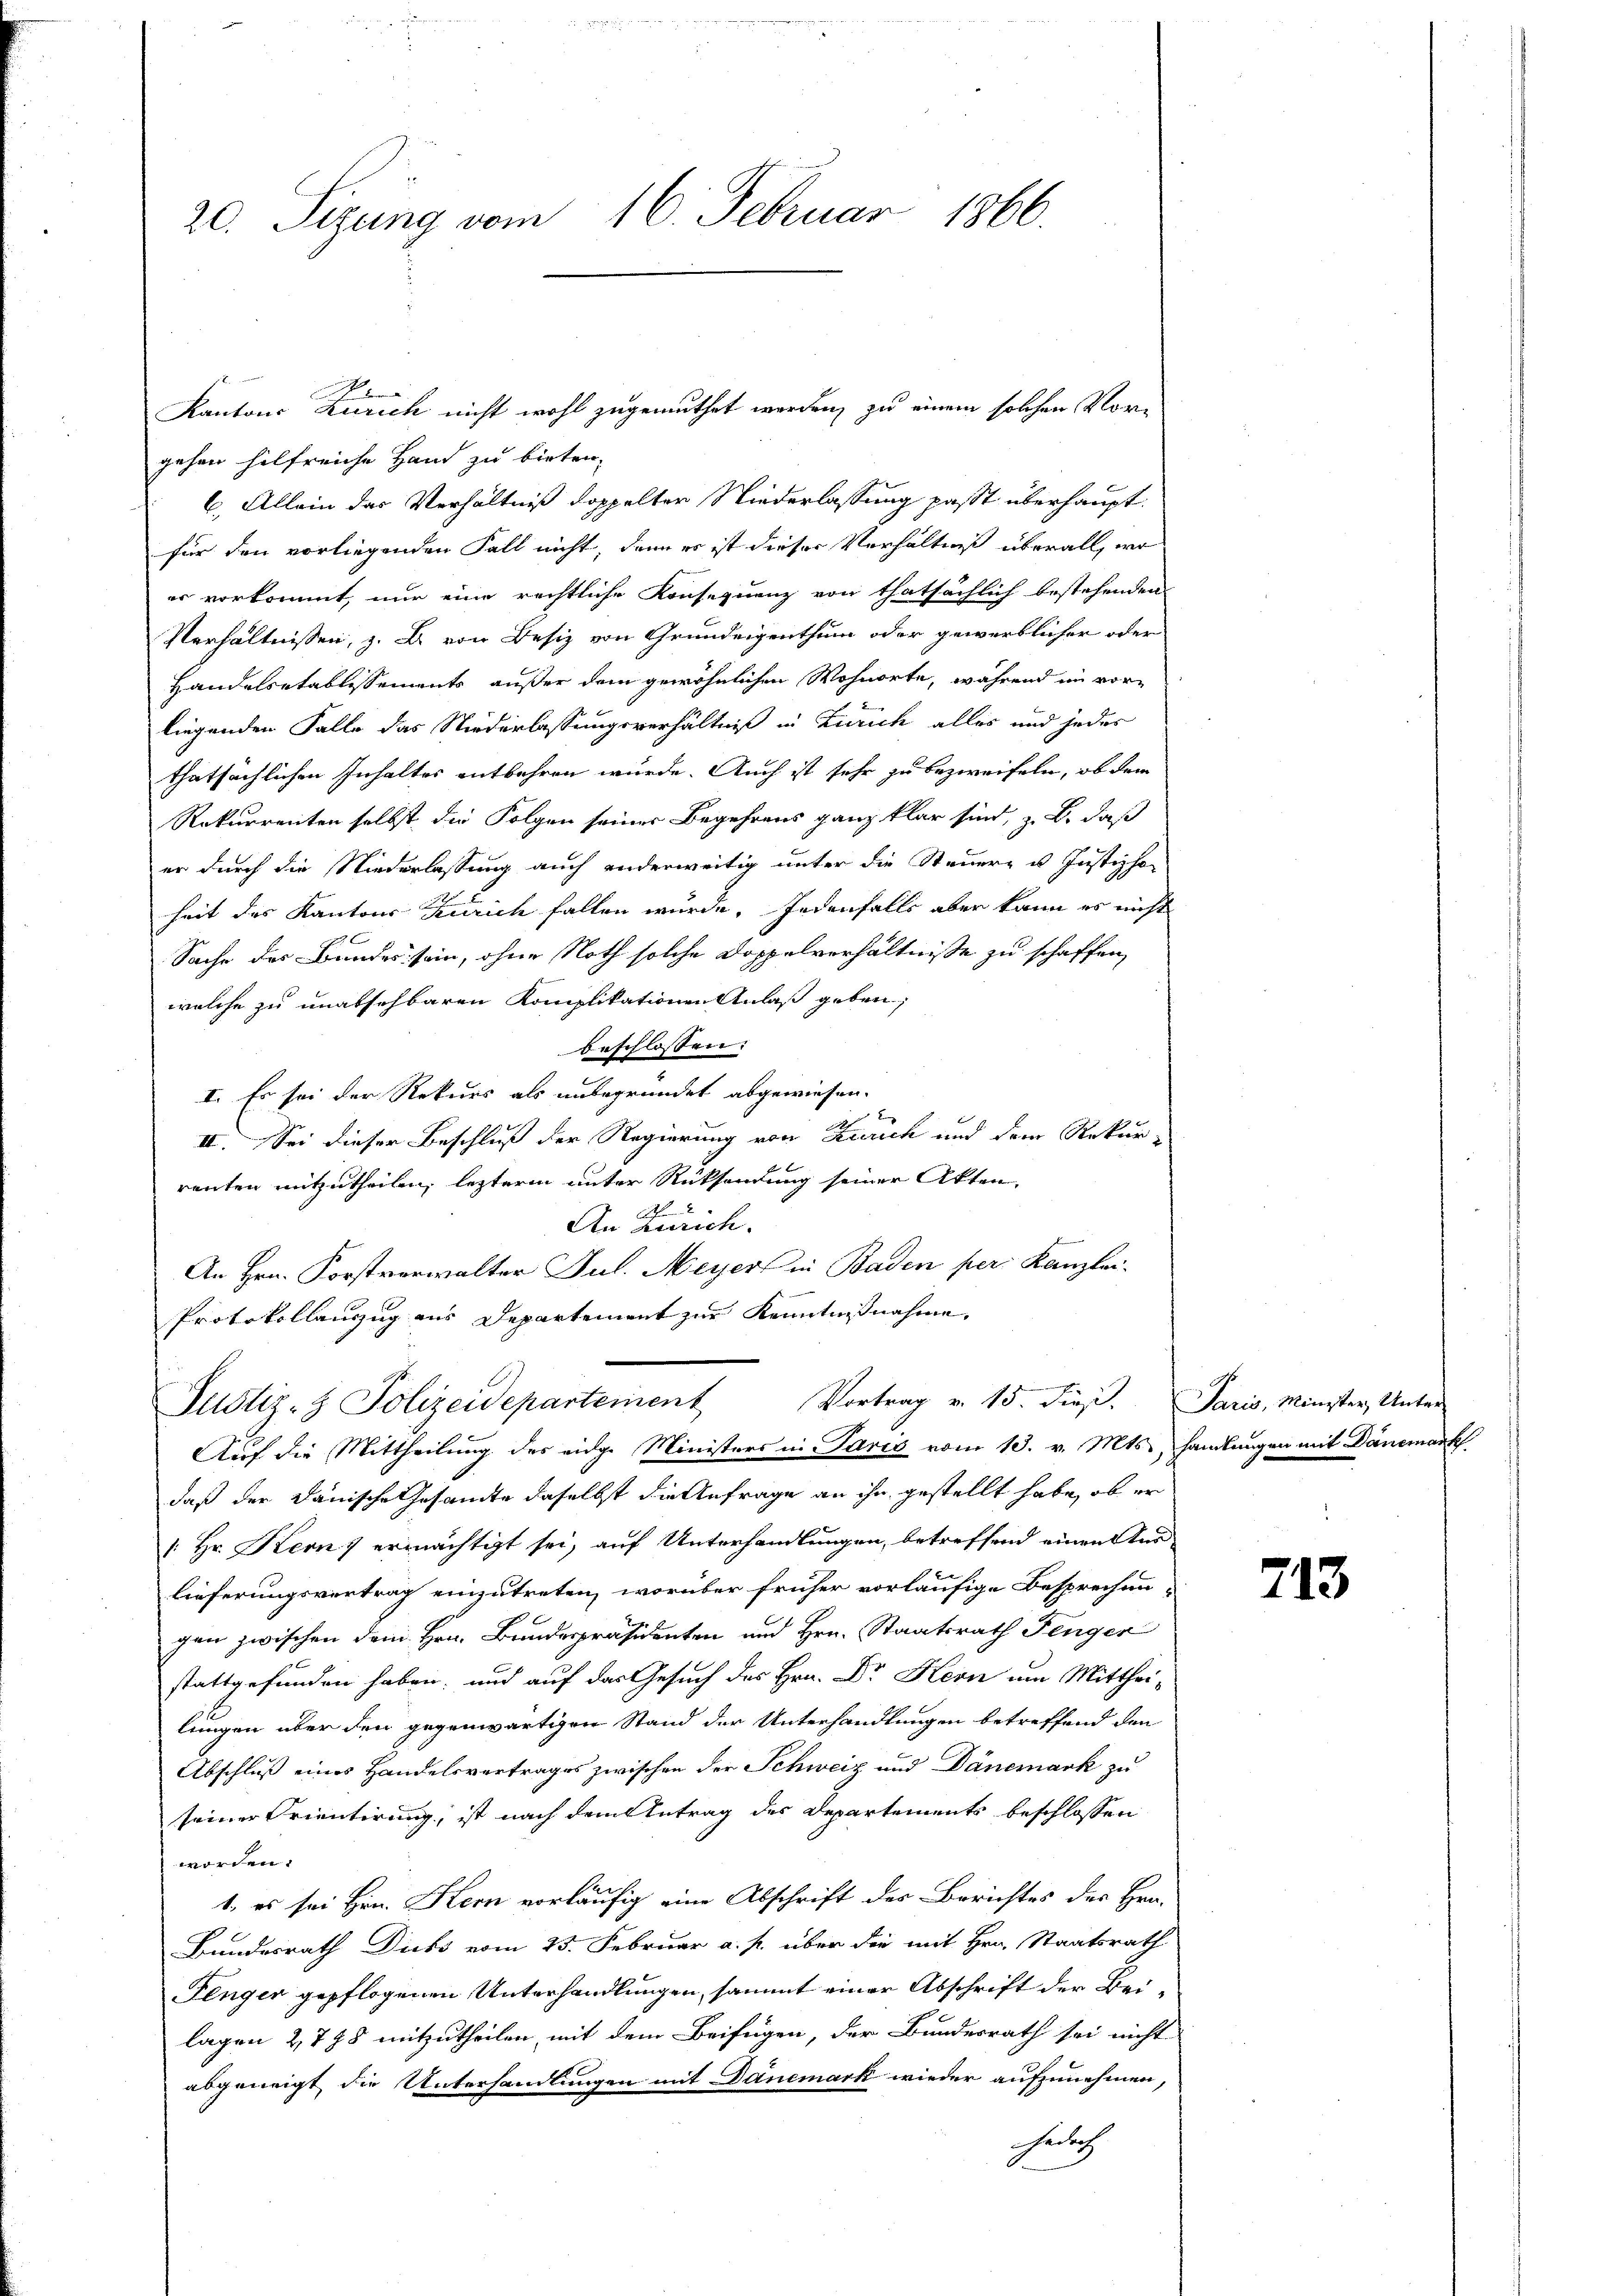
20. Sigung vom 16. Februar 1866.

2
gehen hilfreiche Hand zu bieten,
6.) Allein das Verhältniß doppelter Niederlassung passt überhauptfür den vorliegenden Fall nicht, dann es ist dieser Verhältniß überall, wo
er vorkommt, nur eine rechtliche Konsequenz von thatsächlich bestehenden
Verhältnissen, z. B. von Besiz von Grundeigenthum oder gewerblicher oder
Handelsetablissements außer dem gewöhnlichen Wohnorte, während im vorliegenden Falle das Niederlassungsverhältniß in Zürich alles und jedes
thatsächlichen Inhaltes entbehren wurde. Auch ist sehr zu bezweifeln, ob dem
Rekurrenten selbst die Folgen seines Begehrens ganz klar sind, z. B. daß
er durch die Niederlassung auch anderweitig unter die Steuern u. Justizho-
heit des Kantons Zürich fallen wurde. Jedenfalls aber kann es nicht
Sache des Bundes sein, ohne Noth solche Doppelverhältnisse zu schaffen,
welche zu unabsehbaren Komplikationen Anlaß geben,
beschlossen:
I. Es sei der Rekurs als unbegründet abgewiesen.
1
II. Sei dieser Beschluß der Regierung von Zürich und dem Rekurrenten mitzutheilen, lezterm unter Rücksendung seiner Akten.
An Zürich.
An Hrn. Forstverwalter Jul. Meyer in Baden per Kanzlei.
Protokollanzug aus Departement zur Kenntnißnahme,

Justiz- & Polizeidepartement Vortrag v. 15. dieβ.
Auf die Mittheilung des eidge Ministers in Paris vom 13. v. Mts.
daß der Dänische Gesamte daselbst die Anfrage an ihn gestellt habe, ob er
: Hr. Kern ermächtigt sei, auf Unterhandlungen, betreffend einen Ans
lieferungsvertrag einzutreten, worüber früher vorläufige Besprechen
gen zwischen dem Hrn. Bundespräsidenten und Hrn. Staatsrath Finger
stattgefunden haben, und auf das Gesuch des Hrn. Dr Kern um Mittheilungen über den gegenwärtigen Stand der Unterhandlungen betreffend den
Abschluß eines Handelsvertrages zwischen der Schweiz und Dänemark zu
seiner Orientirung, ist nach dem Antrag des Departements beschlossen
worden.
1. es sei Hrn. Kern vorläufig eine Abschrift des Berichtes des Hrn.
Bundesrath Dicks vom 25. Februar a. p. über die mit Hrn. Staatsrath
Fenger gepflogenen Unterhandlungen, sammt einer Abschrift der Beilagen 2,798 mitzutheilen, mit dem Beifügen, der Bundesrath sei nicht
abgeneigt die Unterhandlungen mit Danemark wieder aufzunehmen,
ebig

Kantons Zürich nicht wohl zugemuthet werden, zu einem solchen Vor¬

Paris, Minister Unter-
samlungen mit Danemark

713